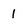
Character: 1